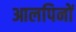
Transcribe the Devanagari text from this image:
आलपिनों